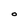
Character: O